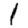
Digit: 1